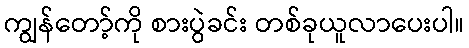
ကျွန်တော့်ကို စားပွဲခင်း တစ်ခုယူလာပေးပါ။